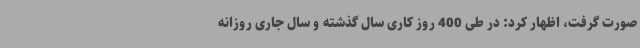
صورت گرفت، اظهار کرد: در طی 400 روز کاری سال گذشته و سال جاری روزانه